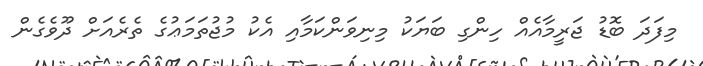
މިފަދަ ބޮޑު ޖަރީމާއެއް ހިންގި ބަޔަކު މިނިވަންކަމާއި އެކު މުޖުތަމަޢުގެ ތެރެއަށް ދޫވެގެން